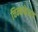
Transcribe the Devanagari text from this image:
चिन्नकेशव